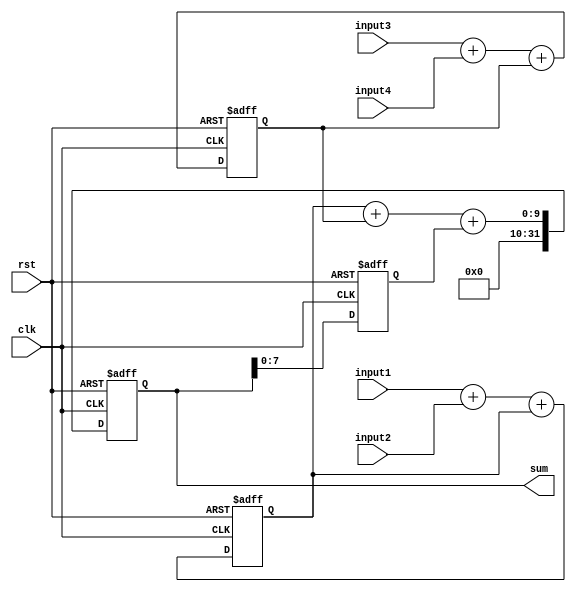
module Parallel_Accumulator (
    input wire clk,
    input wire rst,
    input wire [7:0] input1,
    input wire [7:0] input2,
    input wire [7:0] input3,
    input wire [7:0] input4,
    output reg [31:0] sum
);

reg [7:0] carry1, carry2, carry3;

always @(posedge clk or posedge rst) begin
    if (rst) begin
        carry1 <= 8'b0;
        carry2 <= 8'b0;
        carry3 <= 8'b0;
        sum <= 32'b0;
    end else begin
        carry1 <= input1 + input2 + carry1;
        carry2 <= input3 + input4 + carry2;
        sum <= carry1 + carry2 + carry3;
        carry3 <= sum[7:0];
    end
end

endmodule